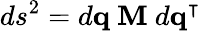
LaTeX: ds^{2}=d\mathbf{q}\ \mathbf{M}\ d\mathbf{q^{\intercal}}